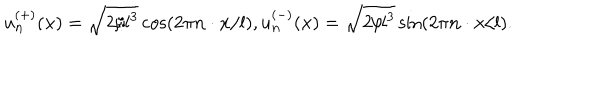
LaTeX: u _ { \bf n } ^ { ( + ) } ( { \bf x } ) = \sqrt { 2 / l ^ { 3 } } \cos \left( 2 \pi { \bf n } \cdot { \bf x } / l \right) , u _ { \bf n } ^ { ( - ) } ( { \bf x } ) = \sqrt { 2 / l ^ { 3 } } \sin \left( 2 \pi { \bf n } \cdot { \bf x } / l \right) .